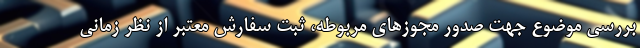
بررسی موضوع جهت صدور مجوزهای مربوطه، ثبت سفارش معتبر از نظر زمانی